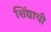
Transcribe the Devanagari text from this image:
शिंद्याची